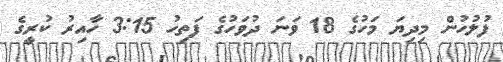
ފުލުހުން މިދިޔަ މަހުގެ 18 ވަނަ ދުވަހުގެ ފަތިހު 3:15 ހާއިރު ކުރީގެ